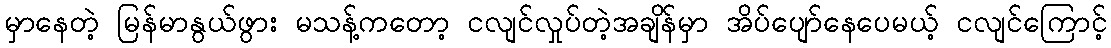
မှာနေတဲ့ မြန်မာနွယ်ဖွား မသန့်ကတော့ ငလျင်လှုပ်တဲ့အချိန်မှာ အိပ်ပျော်နေပေမယ့် ငလျင်ကြောင့်